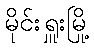
မိုင်းရှူးမြို့